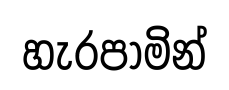
හැරපාමින්